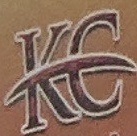
KC